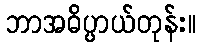
ဘာအဓိပ္ပာယ်တုန်း။